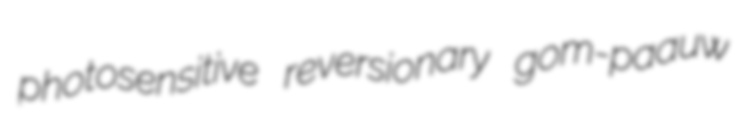
photosensitive reversionary gom-paauw